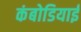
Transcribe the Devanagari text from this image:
कंबोडियाई